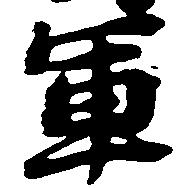
軍